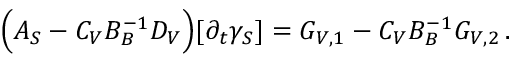
\Big ( A _ { S } - C _ { V } B _ { B } ^ { - 1 } D _ { V } \Big ) [ \partial _ { t } \gamma _ { S } ] = G _ { V , 1 } - C _ { V } B _ { B } ^ { - 1 } G _ { V , 2 } \, .